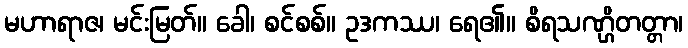
မဟာရာဇ၊ မင်းမြတ်။ ခေါ၊ စင်စစ်။ ဥဒကဿ၊ ရေ၏။ စိရသဏ္ဌိတတ္တာ၊